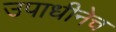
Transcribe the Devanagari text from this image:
उपाधीनेच